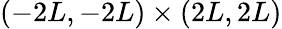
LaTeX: (-2L,-2L)\times(2L,2L)